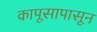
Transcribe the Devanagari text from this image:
कापूसापासून